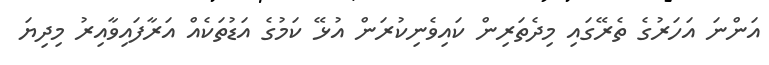
އަންނަ އަހަރުގެ ތެރޭގައި މިދެތަރިން ކައިވެނިކުރަން އުޅޭ ކަމުގެ އަޑުތަކެއް އަރާފައިވާއިރު މިދިޔަ